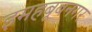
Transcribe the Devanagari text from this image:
इमहबूबनगर